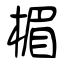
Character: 楣